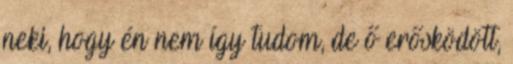
neki, hogy én nem így tudom, de ő erősködött,